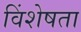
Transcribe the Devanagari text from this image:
विंशेषता